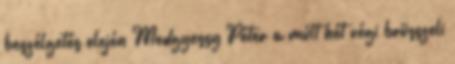
beszélgetés elején Medgyessy Péter a múlt hét végi brüsszeli